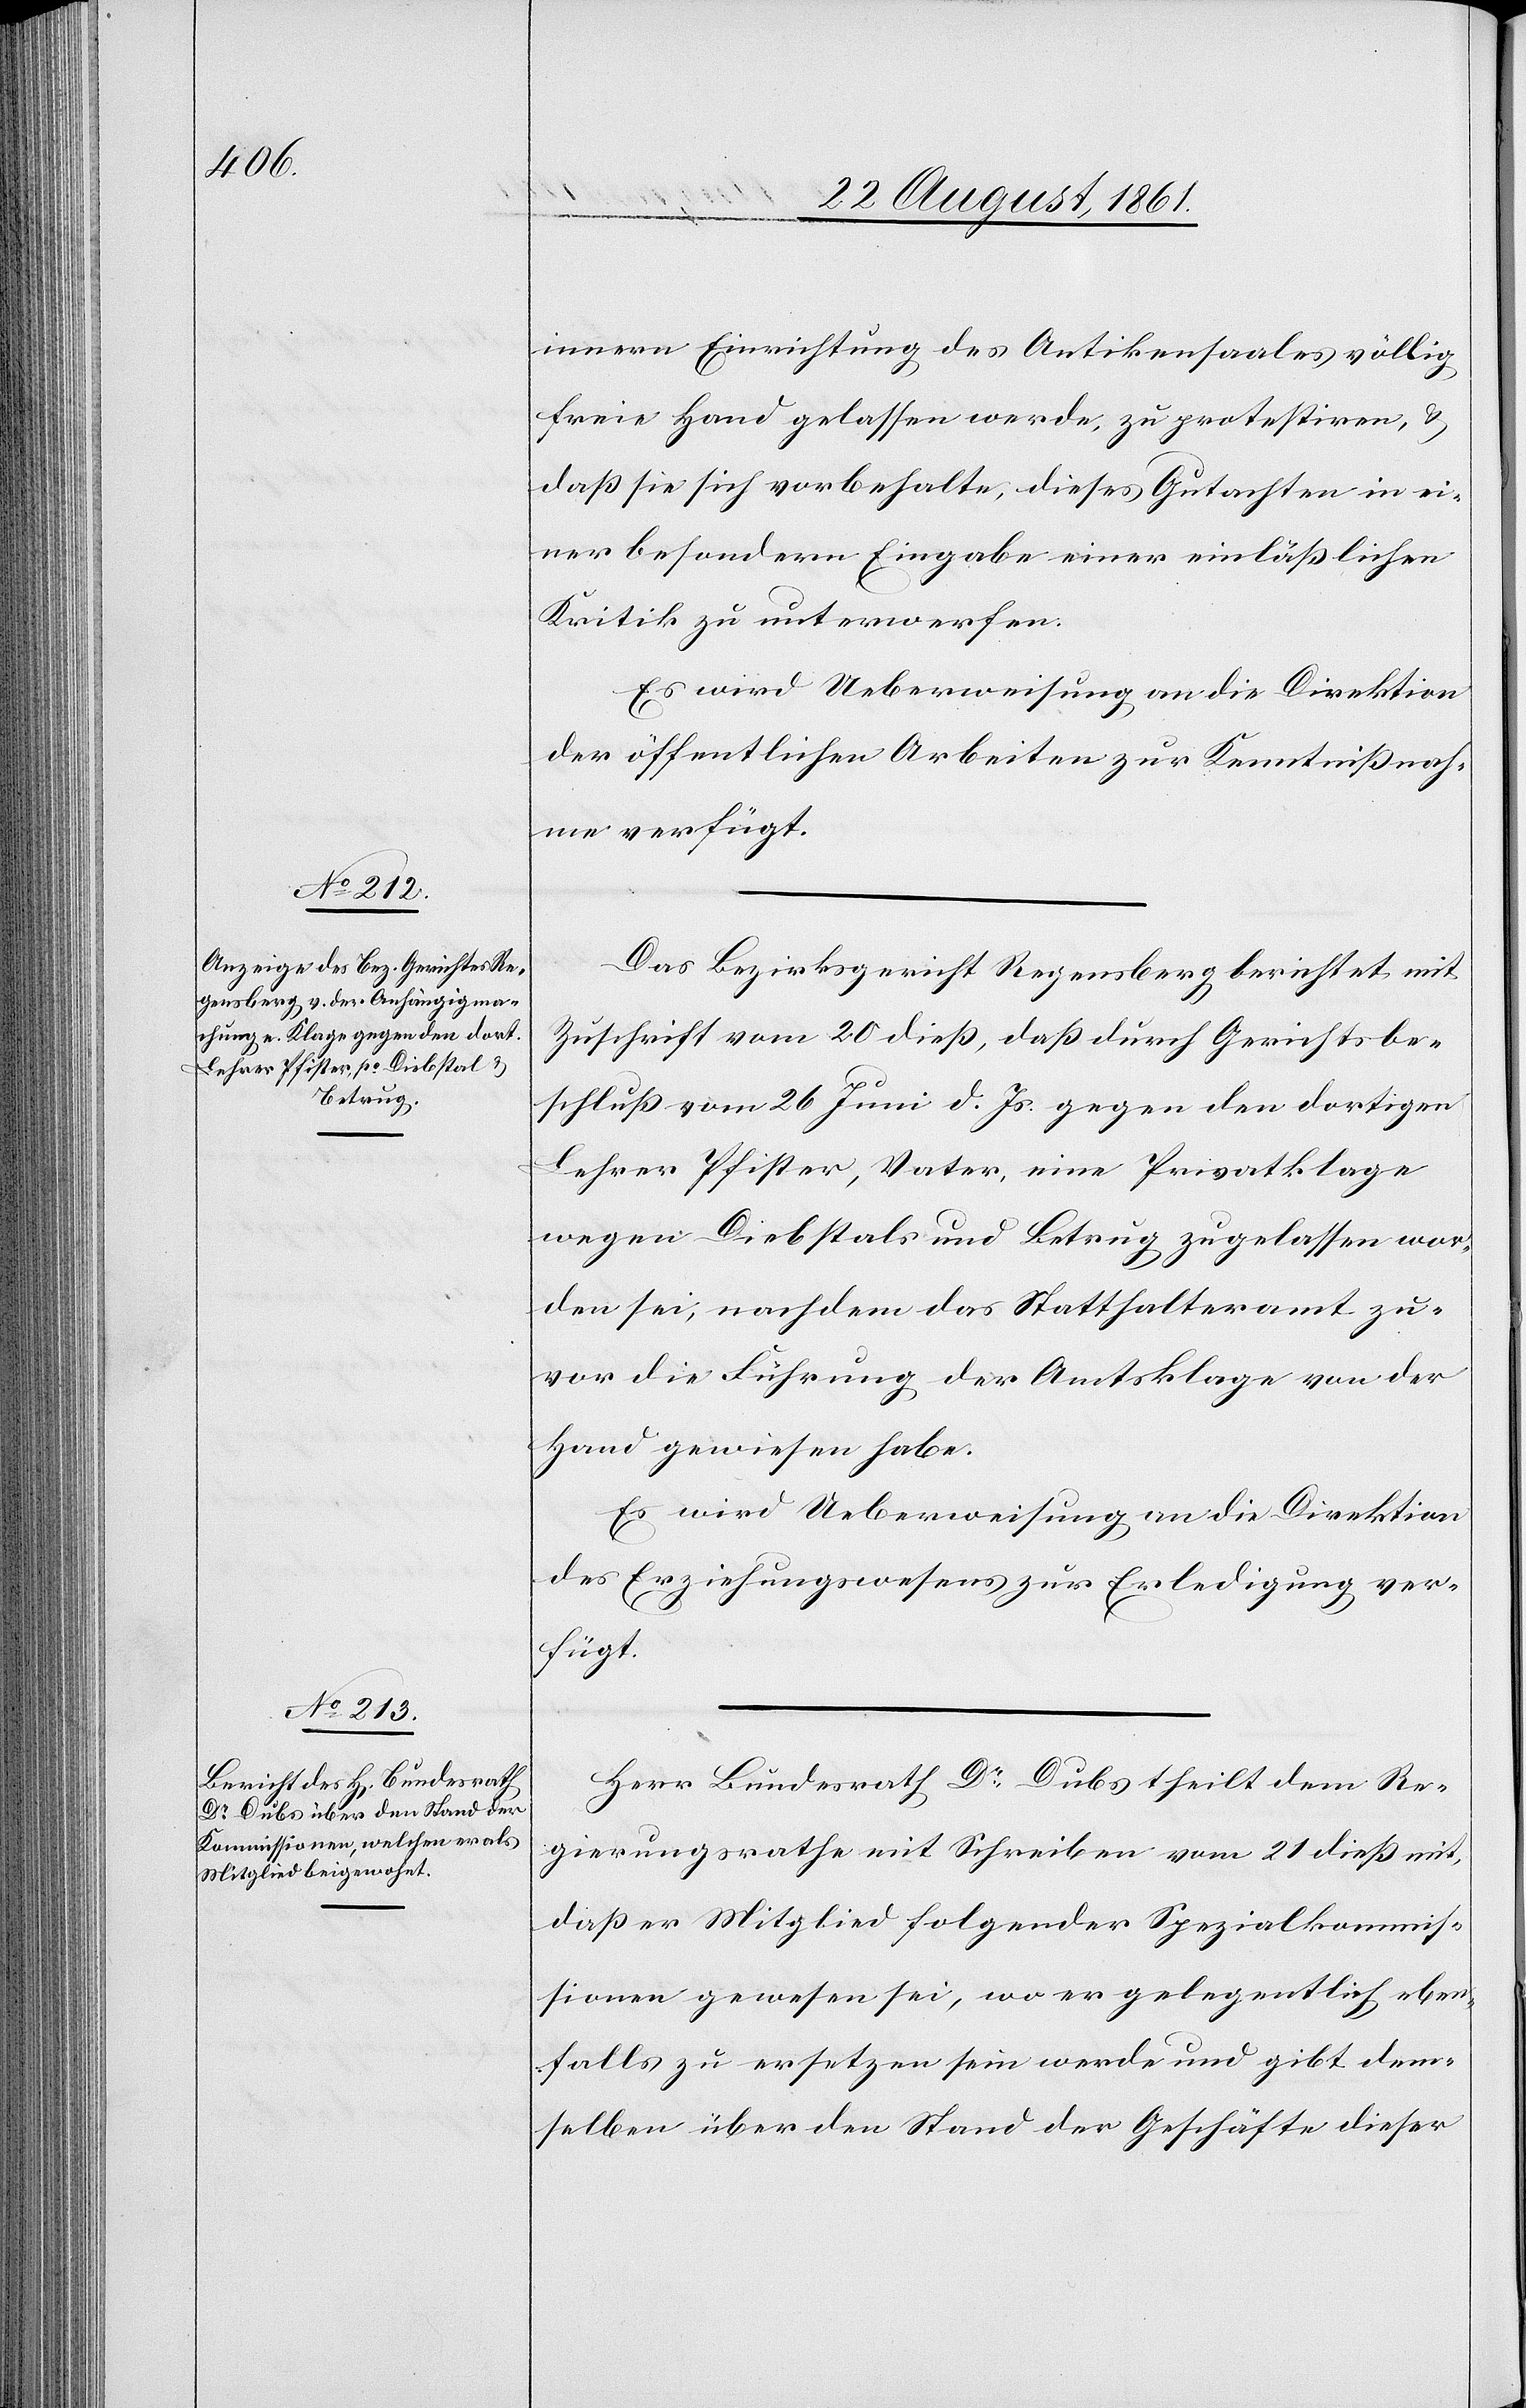
innern Einrichtung des Antikensaales völlig
freie Hand gelassen werde, zu protestiren, u.
daß sie sich vorbehalte, dieses Gutachten in ei¬
ner besondern Eingabe einer einläßlichen
Kritik zu unterwerfen.
Es wird Ueberweisung an die Direktion
der öffentlichen Arbeiten zur Kenntnißnah¬
me verfügt.
Das Bezirksgericht Regensberg berichtet mit
Zuschrift vom 20 dieß, daß durch Gerichtsbe¬
schluß vom 26 Juni d. Js. gegen den dortigen
Lehrer Pfister, Vater, eine Privatklage
wegen Diebstals und Betrug zugelassen wor¬
den sei, nachdem das Statthalteramt zu¬
vor die Führung der Amtsklage von der
Hand gewiesen habe.
Es wird Ueberweisung an die Direktion
des Erziehungswesens zur Erledigung ver¬
fügt.
Herr Bundesrath Dr Dubs theilt dem Re¬
gierungsrathe mit Schreiben vom 21 dieß mit,
daß er Mitglied folgender Spezialkommis¬
sionen gewesen sei, wo er gelegentlich eben¬
falls zu ersetzen sein werde und gibt dem¬
selben über den Stand der Geschäfte dieser